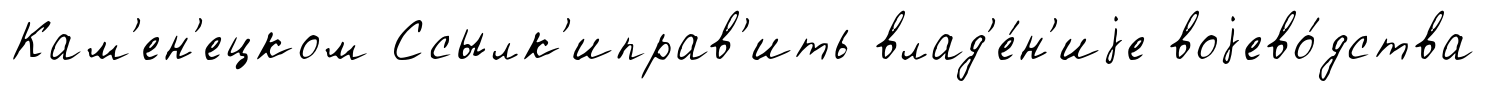
Кам'ен'ецком Ссылк'иправ'ить влад'е́н'иjе воjево́дства